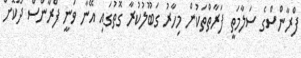
ފްރާންސްގެ ސަލާމަތީ ފަރާތްތަކުން މިހާރު ގަބޫލުކުރާ ގޮތުގައި އޭނާ ވަނީ ފްރާންސް ދޫކޮށް